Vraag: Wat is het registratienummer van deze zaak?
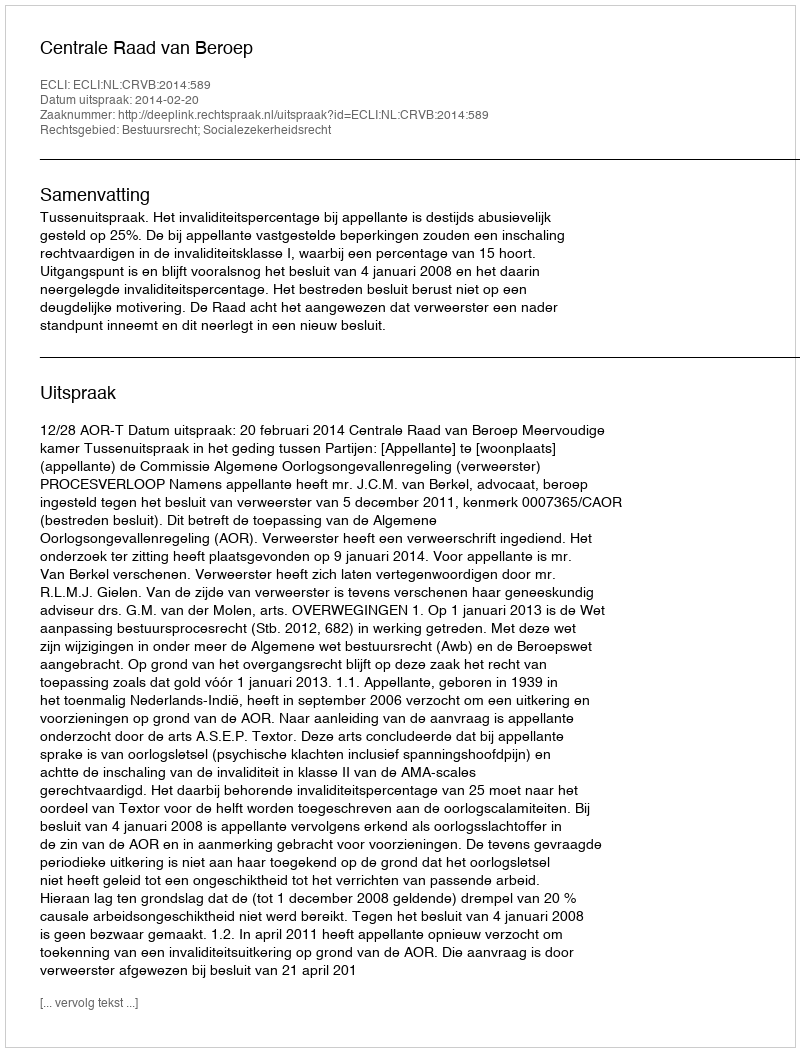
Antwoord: http://deeplink.rechtspraak.nl/uitspraak?id=ECLI:NL:CRVB:2014:589